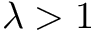
\lambda > 1